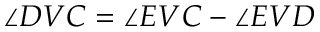
\angle D V C = \angle E V C - \angle E V D